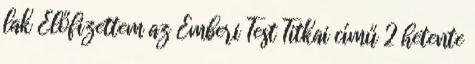
lak Előfizettem az Emberi Test Titkai című 2 hetente